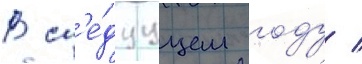
В сл'е́дуущем году /